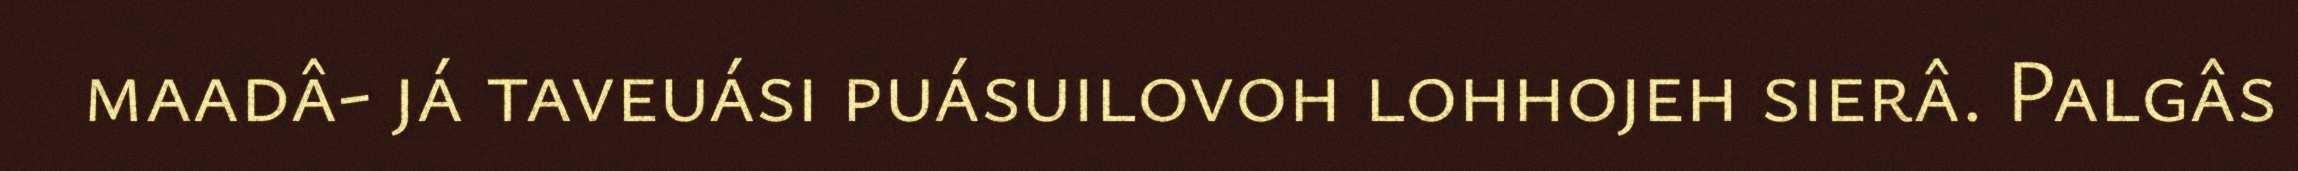
maadâ- já taveuási puásuilovoh lohhojeh sierâ. Palgâs